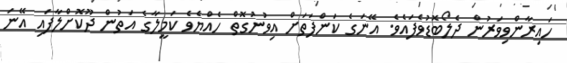
ހައިރާންވިވަރުން ދެލޯބޮޑުވެފައެވެ. އޭނަގެ ކަންފަތަށް އިވުނުގޮތް ހެއްޔެވެ ކަމީލާގެ އަތުން ދޫކޮށްލާފައި އޭނަ